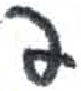
אות: פ